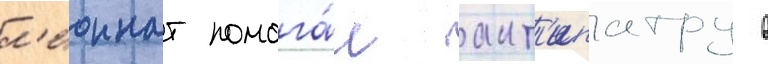
л'еоннат помога́л ант'ипатру в